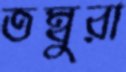
তম্বুরা